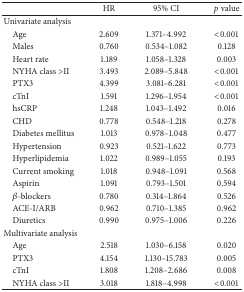
<table><thead><tr><td><b> </b></td><td><b>HR </b></td><td><b>95% CI </b></td><td><b><i>p</i> value</b></td></tr></thead><tbody><tr><td>Univariate analysis</td><td> </td><td> </td><td> </td></tr><tr><td> Age </td><td>2.609</td><td>1.371–4.992</td><td>&lt;0.001</td></tr><tr><td> Males</td><td>0.760</td><td>0.534–1.082</td><td>0.128</td></tr><tr><td> Heart rate</td><td>1.189</td><td>1.058–1.328</td><td>0.003</td></tr><tr><td> NYHA class &gt;II</td><td>3.493</td><td>2.089–5.848</td><td>&lt;0.001</td></tr><tr><td> PTX3</td><td>4.399</td><td>3.081–6.281</td><td>&lt;0.001</td></tr><tr><td> cTnI</td><td>1.591</td><td>1.296–1.954</td><td>&lt;0.001</td></tr><tr><td> hsCRP</td><td>1.248</td><td>1.043–1.492</td><td>0.016</td></tr><tr><td> CHD</td><td>0.778</td><td>0.548–1.218</td><td>0.278</td></tr><tr><td> Diabetes mellitus</td><td>1.013</td><td>0.978–1.048</td><td>0.477</td></tr><tr><td> Hypertension </td><td>0.923</td><td>0.521–1.622</td><td>0.773</td></tr><tr><td> Hyperlipidemia </td><td>1.022</td><td>0.989–1.055</td><td>0.193</td></tr><tr><td> Current smoking</td><td>1.018</td><td>0.948–1.091</td><td>0.568</td></tr><tr><td> Aspirin </td><td>1.091</td><td>0.793–1.501</td><td>0.594</td></tr><tr><td> <i>β</i>-blockers </td><td>0.780</td><td>0.314–1.864</td><td>0.526</td></tr><tr><td> ACE-I/ARB</td><td>0.962</td><td>0.710–1.385</td><td>0.962</td></tr><tr><td> Diuretics</td><td>0.990</td><td>0.975–1.006</td><td>0.226</td></tr><tr><td>Multivariate analysis </td><td> </td><td> </td><td> </td></tr><tr><td> Age </td><td>2.518</td><td>1.030–6.158</td><td>0.020</td></tr><tr><td> PTX3</td><td>4.154</td><td>1.130–15.783</td><td>0.005</td></tr><tr><td> cTnI</td><td>1.808</td><td>1.208–2.686</td><td>0.008</td></tr><tr><td> NYHA class &gt;II</td><td>3.018</td><td>1.818–4.998</td><td>&lt;0.001</td></tr></tbody></table>